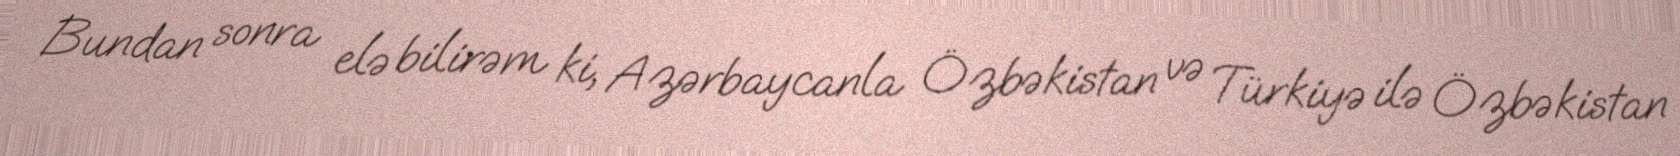
Bundan sonra elə bilirəm ki, Azərbaycanla Özbəkistan və Türkiyə ilə Özbəkistan